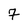
Character: 7